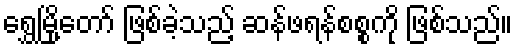
ရွှေမြို့တော် ဖြစ်ခဲ့သည့် ဆန်ဖရန်စစ္စကို ဖြစ်သည်။